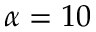
\alpha = 1 0